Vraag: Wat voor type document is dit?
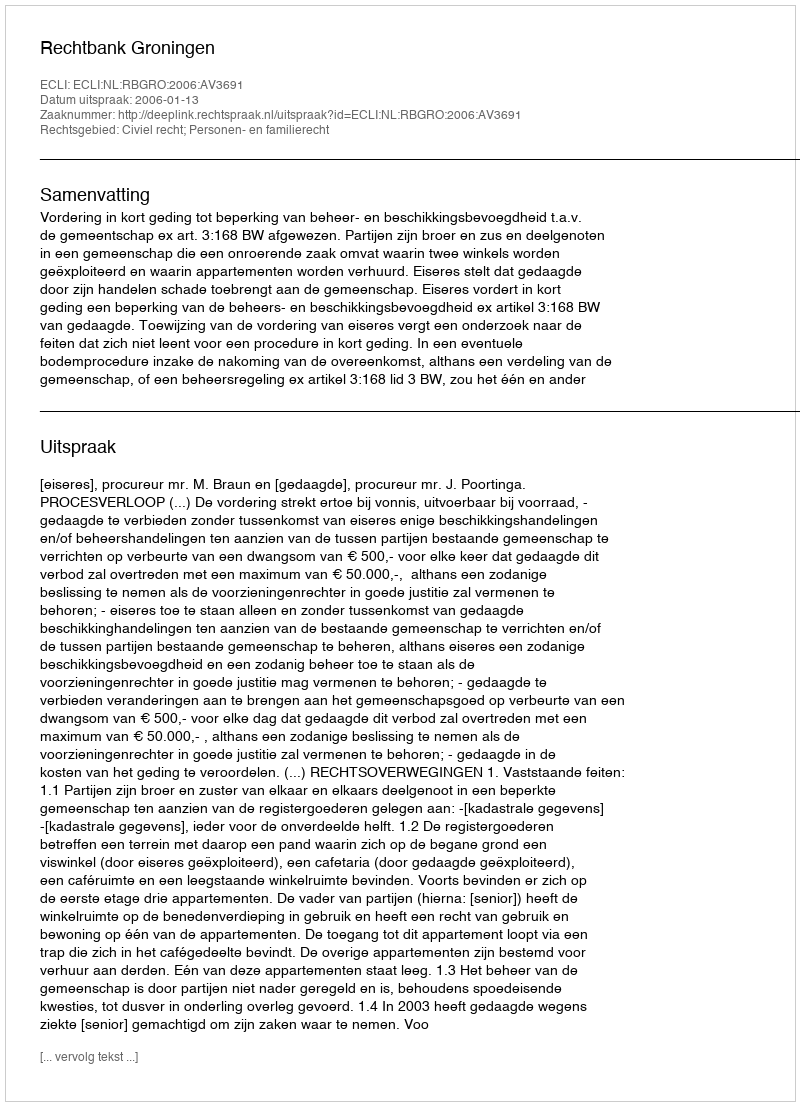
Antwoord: Uitspraak